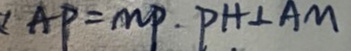
A P = M P . P H \bot A M